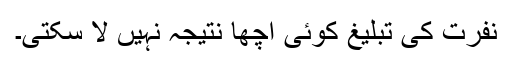
نفرت کی تبلیغ کوئی اچھا نتیجہ نہیں لا سکتی۔